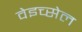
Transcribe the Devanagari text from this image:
वेइच्सेल